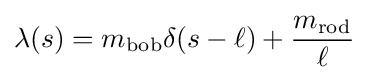
\lambda (s)=m_{\mathrm {bob} }\delta (s-\ell )+{\frac {m_{\mathrm {rod} }}{\ell }}